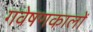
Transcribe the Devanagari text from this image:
गवेषणकालों